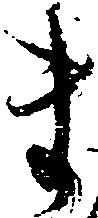
ま